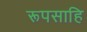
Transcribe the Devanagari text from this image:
रूपसाहि